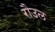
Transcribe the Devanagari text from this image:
रौउल